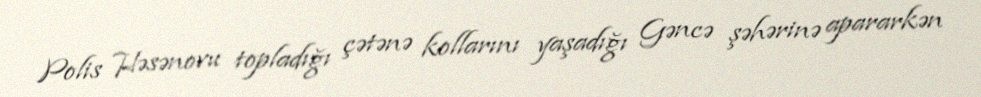
Polis Həsənovu topladığı çətənə kollarını yaşadığı Gəncə şəhərinə apararkən